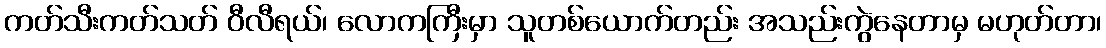
ကတ်သီးကတ်သတ် ဝီလီရယ်၊ လောကကြီးမှာ သူတစ်ယောက်တည်း အသည်းကွဲနေတာမှ မဟုတ်တာ၊